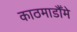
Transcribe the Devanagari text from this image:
काठमाडौँमे